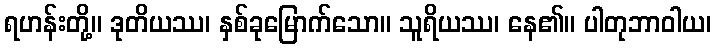
ရဟန်းတို့။ ဒုတိယဿ၊ နှစ်ခုမြောက်သော။ သူရိယဿ၊ နေ၏။ ပါတုဘာဝါယ၊